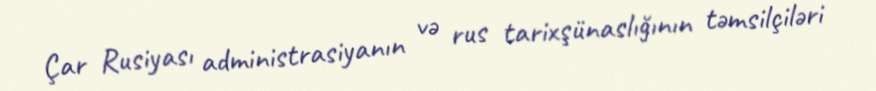
Çar Rusiyası administrasiyanın və rus tarixşünaslığının təmsilçiləri